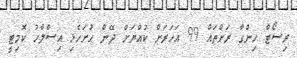
ރިސޯޓް ހިންގާ ރަށްތައް 99 އަހަރަށް ކުއްޔަށް ދޭން ހުށަހެޅި އިސްލާހު ކޮމިޓީ